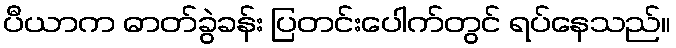
ပီယာက ဓာတ်ခွဲခန်း ပြတင်းပေါက်တွင် ရပ်နေသည်။